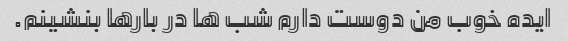
ایده خوب من دوست دارم شب ها در بارها بنشینم.